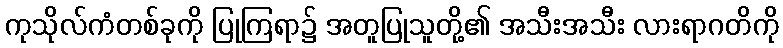
ကုသိုလ်ကံတစ်ခုကို ပြုကြရာ၌ အတူပြုသူတို့၏ အသီးအသီး လားရာဂတိကို